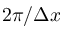
2 \pi / \Delta x